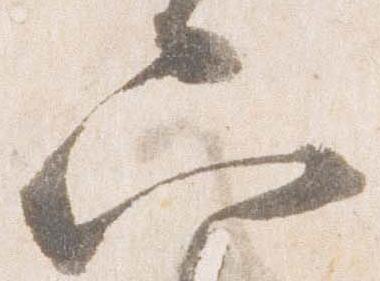
六